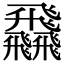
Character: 飝